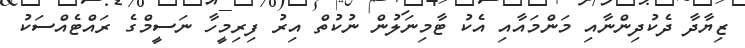
ޒިޔާދާ ދެކުދިންނާއި މަންމައާއި އެކު ޓާމިނަލުން ނުކުތް އިރު ފިރިމީހާ ނަސީމްގެ ރައްޓެއްސަކު